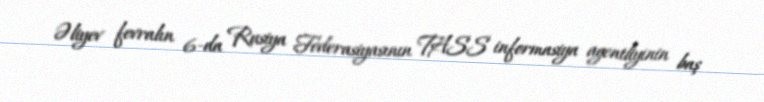
Əliyev fevralın 6-da Rusiya Federasiyasının TASS informasiya agentliyinin baş